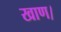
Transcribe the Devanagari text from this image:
खाण।